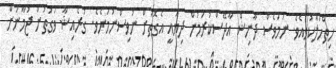
ހިތްހަލާކުވިއެވެ. ނަމަވެސް ދާނިޝް އާދޭސްކުރަމުން ދިޔައީ އެގޮތަށް ނުވިސްނުމަށެވެ. ގުރެއިޝާ ވަގުތުން ޖުމާނަށް